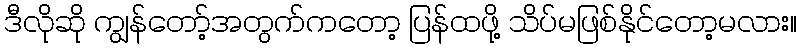
ဒီလိုဆို ကျွန်တော့်အတွက်ကတော့ ပြန်ထဖို့ သိပ်မဖြစ်နိုင်တော့မလား။